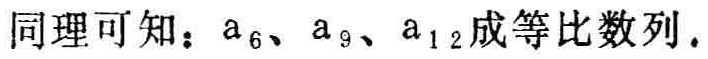
同理可知：\(a_{6}、a_{9}、a_{12}\)成等比数列.